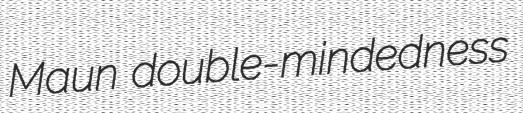
Maun double-mindedness